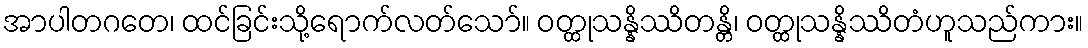
အာပါတဂတေ၊ ထင်ခြင်းသို့ရောက်လတ်သော်။ ဝတ္ထုသန္နိဿိတန္တိ၊ ဝတ္ထုသန္နိဿိတံဟူသည်ကား။